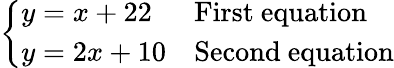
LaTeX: \left\{ \begin{array}{ll}{y=x+22}&{{\mathrm{First~equation}}}\\ {y=2x+10}&{{\mathrm{Second~equation}}}\end{array}\right.